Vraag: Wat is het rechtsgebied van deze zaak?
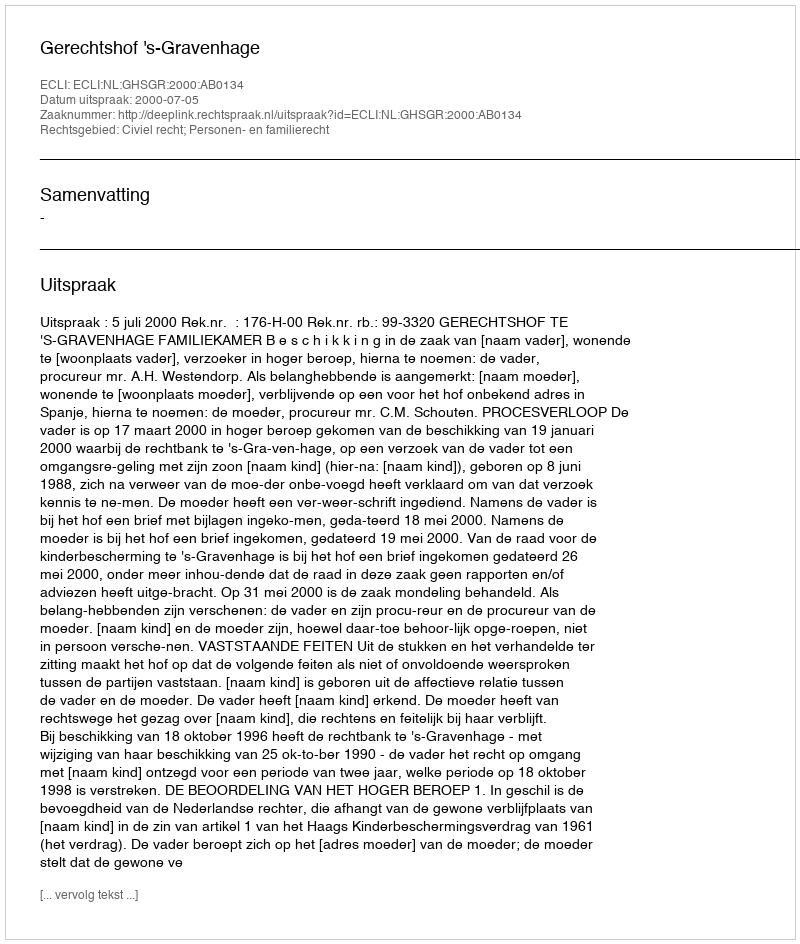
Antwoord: Civiel recht; Personen- en familierecht